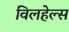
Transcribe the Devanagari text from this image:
विलहेल्स